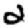
Digit: 2